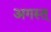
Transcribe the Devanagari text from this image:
अगस्त्